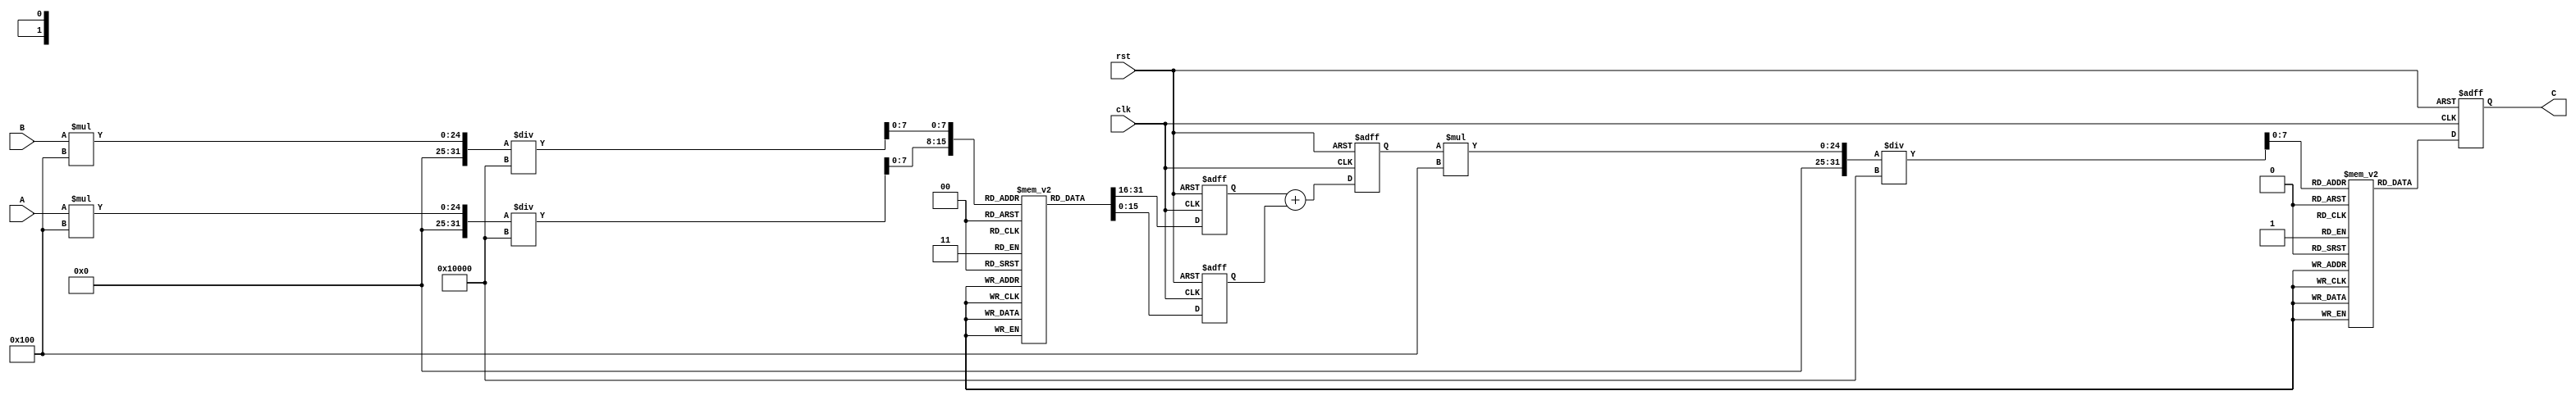
module LogarithmicMultiplier #(
    parameter WIDTH = 16, // Bit-width for inputs and outputs
    parameter LUT_SIZE = 256 // Size of the LUT for log and exp
)(
    input wire [WIDTH-1:0] A, // First operand
    input wire [WIDTH-1:0] B, // Second operand
    input wire clk, // Clock signal
    input wire rst, // Reset signal
    output reg [WIDTH-1:0] C // Output product
);

    // Logarithm LUT (for simplicity, using a fixed LUT)
    reg [WIDTH-1:0] log_lut [0:LUT_SIZE-1];
    initial begin
        // Populate the logarithm LUT with precomputed values
        // This is just an example; actual values should be computed
        // based on the logarithm function for the range of inputs.
        // log_lut[i] = log(i / LUT_SIZE)
    end

    // Exponential LUT (for simplicity, using a fixed LUT)
    reg [WIDTH-1:0] exp_lut [0:LUT_SIZE-1];
    initial begin
        // Populate the exponential LUT with precomputed values
        // This is just an example; actual values should be computed
        // based on the exponential function for the range of inputs.
        // exp_lut[i] = exp(i / LUT_SIZE)
    end

    reg [WIDTH-1:0] logA, logB, log_sum;

    // Logarithm Block
    always @(posedge clk or posedge rst) begin
        if (rst) begin
            logA <= 0;
            logB <= 0;
        end else begin
            // Assuming A and B are in the range of LUT_SIZE
            logA <= log_lut[A * LUT_SIZE / (2**WIDTH)];
            logB <= log_lut[B * LUT_SIZE / (2**WIDTH)];
        end
    end

    // Adder Block
    always @(posedge clk or posedge rst) begin
        if (rst) begin
            log_sum <= 0;
        end else begin
            log_sum <= logA + logB;
        end
    end

    // Exponentiation Block
    always @(posedge clk or posedge rst) begin
        if (rst) begin
            C <= 0;
        end else begin
            // Assuming log_sum is within the range of LUT_SIZE
            C <= exp_lut[log_sum * LUT_SIZE / (2**WIDTH)];
        end
    end

endmodule